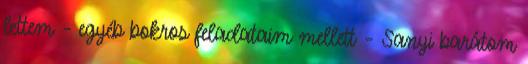
lettem – egyéb bokros feladataim mellett – Sanyi ba­rá­tom